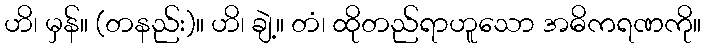
ဟိ၊ မှန်။ (တနည်း)။ ဟိ၊ ချဲ့။ တံ၊ ထိုတည်ရာဟူသော အဓိကရဏကို။